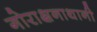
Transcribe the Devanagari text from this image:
गोराक्षनाथानी